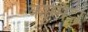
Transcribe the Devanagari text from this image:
कम्मिट्टी